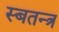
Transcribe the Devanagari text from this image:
स्बतन्त्र